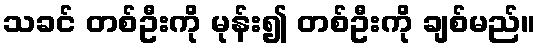
သခင် တစ်ဦးကို မုန်း၍ တစ်ဦးကို ချစ်မည်။